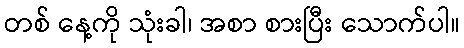
တစ် နေ့ကို သုံးခါ၊ အစာ စားပြီး သောက်ပါ။